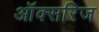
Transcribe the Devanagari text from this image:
ऑक्सरिज